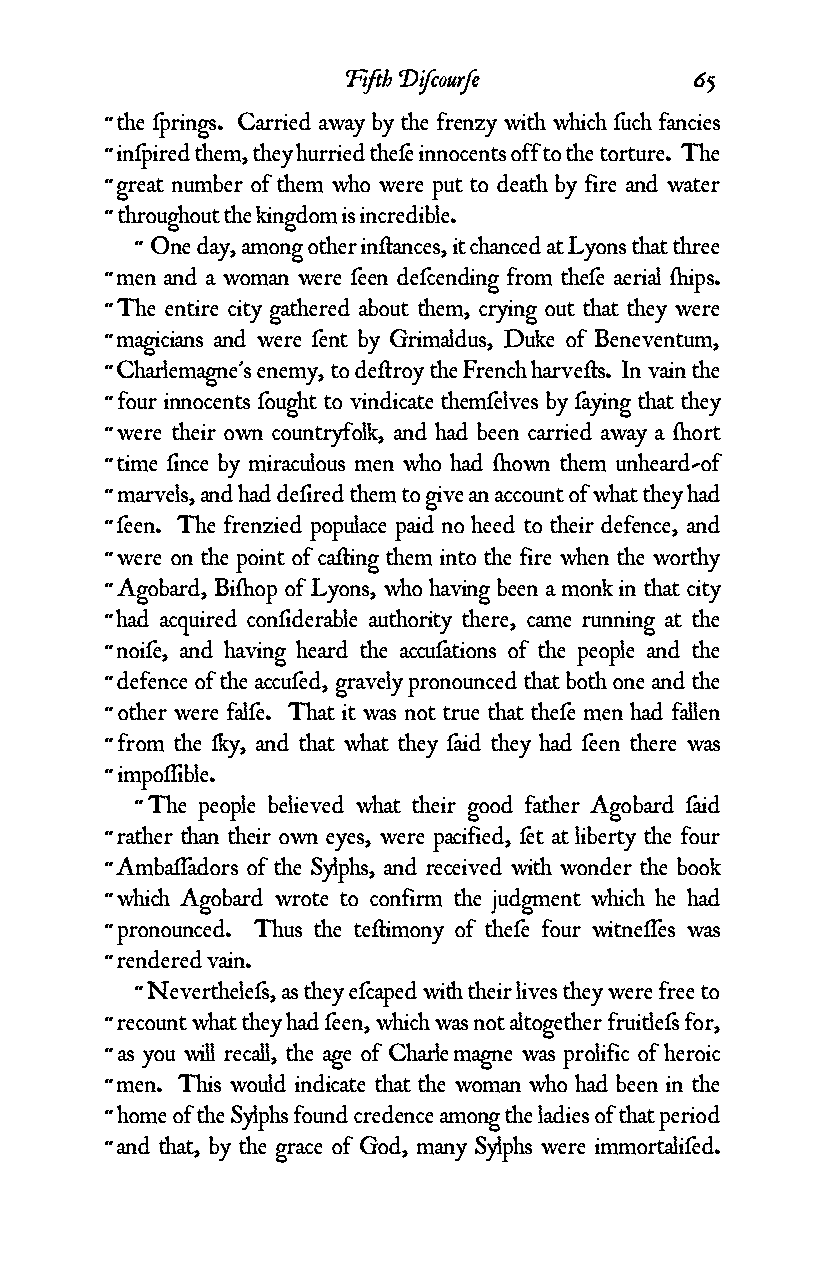
Fifth Diƒcourƒe        65
 “ the ƒprings. Carried away by the frenzy with which ƒuch fancies
 “ inƒpired them, they hurried theƒe innocents off to the torture. The
 “ great number of them who were put to death by fire and water
 “ throughout the kingdom is incredible.
 “ One day, among other in¥ances, it chanced at Lyons that three
 “ men and a woman were ƒeen deƒcending from theƒe aerial ¬ips.
 “ The entire city gathered about them, crying out that they were
 “ magicians and were ƒent by Grimaldus, Duke of Beneventum,
 “ Charlemagne's enemy, to de¥roy the French harve¥s. In vain the
 “ four innocents ƒought to vindicate themƒelves by ƒaying that they
 “ were their own countryfolk, and had been carried away a ¬ort
 “ time ƒince by miraculous men who had ¬own them unheard-of
 “ marvels, and had deƒired them to give an account of what they had
 “ ƒeen. The frenzied populace paid no heed to their defence, and
 “ were on the point of ca¥ing them into the fire when the worthy
 “ Agobard, Bi¬op of Lyons, who having been a monk in that city
 “ had acquired conƒiderable authority there, came running at the
 “ noiƒe, and having heard the accuƒations of the people and the
 “ defence of the accuƒed, gravely pronounced that both one and the
 “ other were falƒe. That it was not true that theƒe men had fallen
 “ from the ƒky, and that what they ƒaid they had ƒeen there was
 “ impoƒƒible.
 “ The people believed what their good father Agobard ƒaid
 “ rather than their own eyes, were pacified, ƒet at liberty the four
 “ Ambaƒƒadors of the Sylphs, and received with wonder the book
 “ which Agobard wrote to confirm the judgment which he had
 “ pronounced. Thus the te¥imony of theƒe four witneƒƒes was
 “ rendered vain.
 “ Nevertheleƒs, as they eƒcaped with their lives they were free to
 “ recount what they had ƒeen, which was not altogether fruitleƒs for,
 “ as you will recall, the age of Charle magne was prolific of heroic
 “ men. This would indicate that the woman who had been in the
 “ home of the Sylphs found credence among the ladies of that period
 “ and that, by the grace of God, many Sylphs were immortaliƒed.